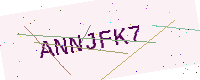
Text: ANNJFK7